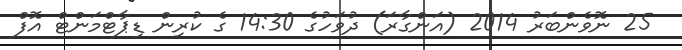
25 ނޮވެންބަރު 2014 (އަންގާރަ) ދުވަހުގެ 14:30 ގެ ކުރިން ޑިޕާޓްމަންޓް އޮފް